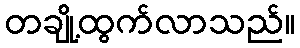
တချို့ထွက်လာသည်။